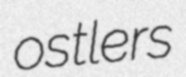
ostlers